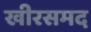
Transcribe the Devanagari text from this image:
खीरसमद